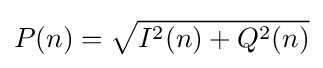
P(n)={\sqrt {I^{2}(n)+Q^{2}(n)}}